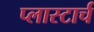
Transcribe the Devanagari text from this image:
प्लास्टार्च